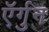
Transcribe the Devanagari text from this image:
ऍर्गुन